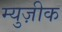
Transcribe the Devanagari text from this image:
म्युज़ीक